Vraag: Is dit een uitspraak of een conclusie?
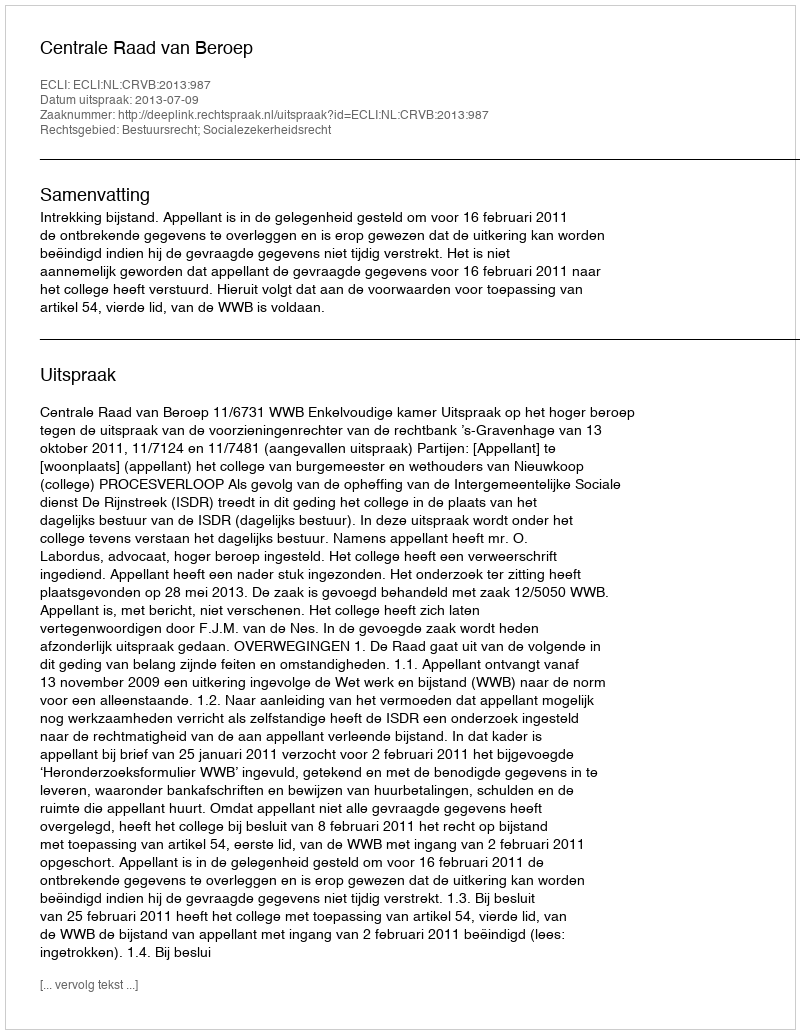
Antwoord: Uitspraak